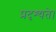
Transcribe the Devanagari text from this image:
प्रदृश्यते।